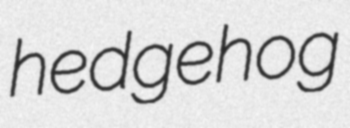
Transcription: hedgehog